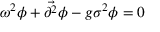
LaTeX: \omega ^ { 2 } \phi + { \vec { \partial ^ { 2 } } } \phi - g \sigma ^ { 2 } \phi = 0